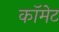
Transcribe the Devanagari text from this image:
कॉमेट